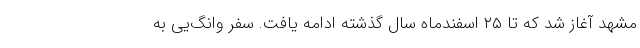
مشهد آغاز شد که تا ۲۵ اسفندماه سال گذشته ادامه یافت. سفر وانگ‌یی به